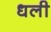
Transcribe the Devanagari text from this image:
धली